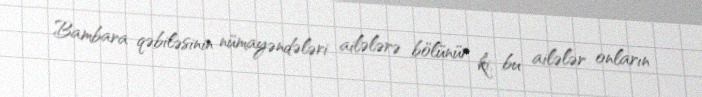
Bambara qəbiləsinin nümayəndələri ailələrə bölünür ki, bu ailələr onların